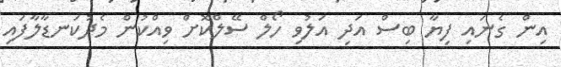
އިން ގެނައި ފިޔާ ބިސް އަދި އަލުވި ހޯލް ސޭލްކޮށް ވިއްކުން މެދުކަނޑާލާފައި